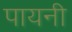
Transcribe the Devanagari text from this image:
पायनी